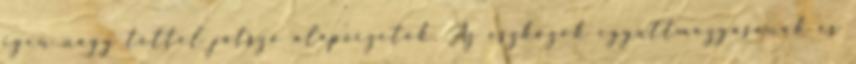
igen nagy téttel játszó alapvezetők. Az eszközök együttmozgásának és